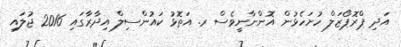
އަދި ޕްރޮޕޯޒަލް ހުށަހެޅުން އޮންނާނީވެސް ރ. އަތޮޅު ކައުންސިލް އިދާރާގައި 2016 ޖުލައި